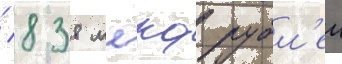
/ 838 млрд рубл'еи